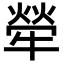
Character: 犖